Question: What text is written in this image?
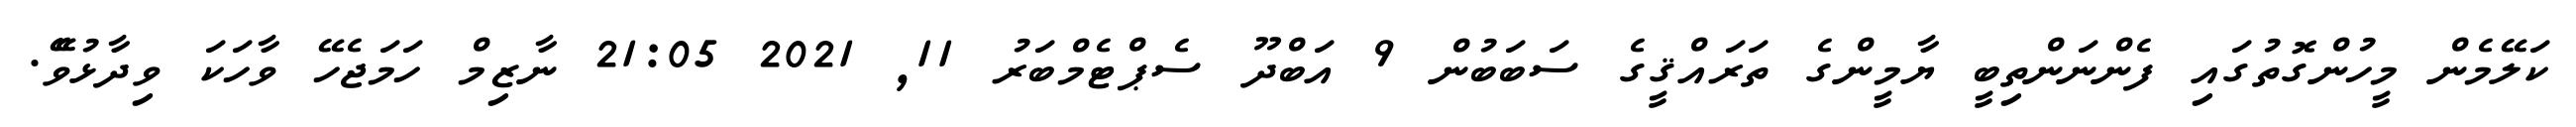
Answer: ކަލޭމެން މީހުންގޮތުގައި ފެންނަންތިބީ ޔާމީންގެ ތަރައްޤީގެ ސަބަބުން 9 އަބްދޫ ސެޕްޓެމްބަރު 11, 2021 21:05 ނާޒިމް ހަމަޖެހޭ ވާހަކަ ވިދާޅުވެޭ.